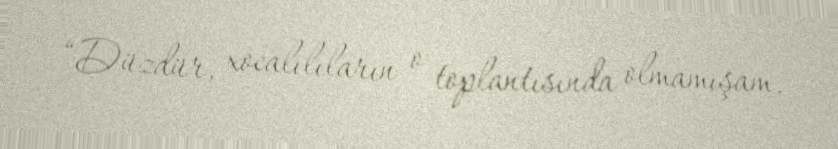
“Düzdür, xocalılıların o toplantısında olmamışam.